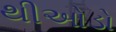
થીઓડો